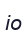
іо